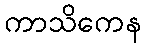
ကာသိကေန